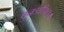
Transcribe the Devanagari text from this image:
पुनःप्रतिष्ठा।